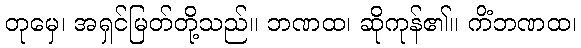
တုမှေ၊ အရှင်မြတ်တို့သည်။ ဘဏထ၊ ဆိုကုန်၏။ ကိံဘဏထ၊